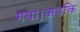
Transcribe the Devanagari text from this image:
गया।जबकि